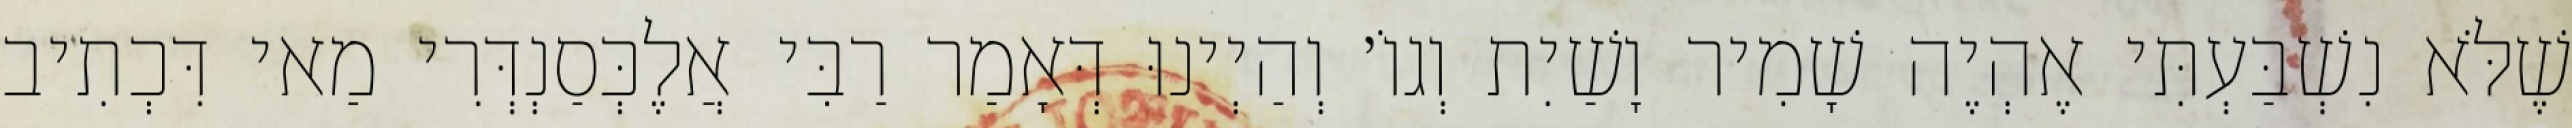
שֶׁלֹּא נִשְׁבַּעְתִּי אֶהְיֶה שָׁמִיר וָשַׁיִת וְגוֹ׳ וְהַיְינוּ דְּאָמַר רַבִּי אֲלֶכְּסַנְדְּרִי מַאי דִּכְתִיב